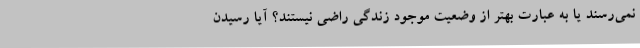
نمی‌رسند یا به عبارت بهتر از وضعیت موجود زندگی راضی نیستند؟ آیا رسیدن